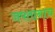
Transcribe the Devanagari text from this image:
जपतानाच